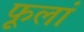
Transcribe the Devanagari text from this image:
फूलां